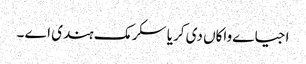
اجیاے واکاں دی کریا سکرمک ہندی اے ۔